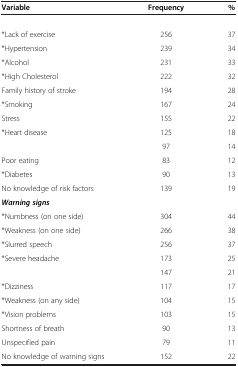
<table><thead><tr><td><b>Variable</b></td><td><b>Frequency</b></td><td><b>%</b></td></tr></thead><tbody><tr><td>[EMPTY_CELL]</td><td>[EMPTY_CELL]</td><td>[EMPTY_CELL]</td></tr><tr><td>*Lack of exercise</td><td>256</td><td>37</td></tr><tr><td>*Hypertension</td><td>239</td><td>34</td></tr><tr><td>*Alcohol</td><td>231</td><td>33</td></tr><tr><td>*High Cholesterol</td><td>222</td><td>32</td></tr><tr><td>Family history of stroke</td><td>194</td><td>28</td></tr><tr><td>*Smoking</td><td>167</td><td>24</td></tr><tr><td>Stress</td><td>155</td><td>22</td></tr><tr><td>*Heart disease</td><td>125</td><td>18</td></tr><tr><td>[EMPTY_CELL]</td><td>97</td><td>14</td></tr><tr><td>Poor eating</td><td>83</td><td>12</td></tr><tr><td>*Diabetes</td><td>90</td><td>13</td></tr><tr><td>No knowledge of risk factors</td><td>139</td><td>19</td></tr><tr><td><b><i>Warning signs</i></b></td><td>[EMPTY_CELL]</td><td>[EMPTY_CELL]</td></tr><tr><td>*Numbness (on one side)</td><td>304</td><td>44</td></tr><tr><td>*Weakness (on one side)</td><td>266</td><td>38</td></tr><tr><td>*Slurred speech</td><td>256</td><td>37</td></tr><tr><td>*Severe headache</td><td>173</td><td>25</td></tr><tr><td>[EMPTY_CELL]</td><td>147</td><td>21</td></tr><tr><td>*Dizziness</td><td>117</td><td>17</td></tr><tr><td>*Weakness (on any side)</td><td>104</td><td>15</td></tr><tr><td>*Vision problems</td><td>103</td><td>15</td></tr><tr><td>Shortness of breath</td><td>90</td><td>13</td></tr><tr><td>Unspecified pain</td><td>79</td><td>11</td></tr><tr><td>No knowledge of warning signs</td><td>152</td><td>22</td></tr></tbody></table>